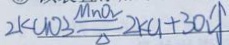
2 k C l O _ { 3 } \frac { M n o } { \Delta } 2 k C H + 3 O _ { 2 } \uparrow